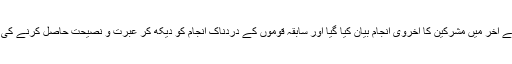
(7)…سورت کے آخر میں مشرکین کا اُخروی انجام بیان کیا گیا اور سابقہ قوموں کے دردناک انجام کو دیکھ کر عبرت و نصیحت حاصل کرنے کی دعوت دی گئی۔